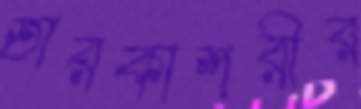
তারকাশরীর